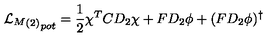
{ { { \cal L } _ { M } } _ { ( 2 ) } } _ { p o t } = \frac { 1 } { 2 } \chi ^ { T } C D _ { 2 } \chi + F D _ { 2 } \phi + ( F D _ { 2 } \phi ) ^ { \dagger }